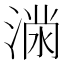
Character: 𭱪